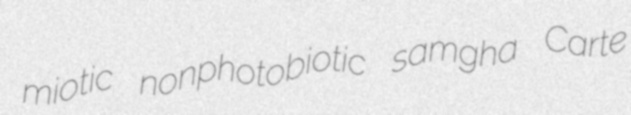
miotic nonphotobiotic samgha Carte